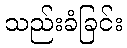
သည်းခံခြင်း